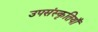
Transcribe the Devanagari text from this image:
उपसंस्कृतियाँ